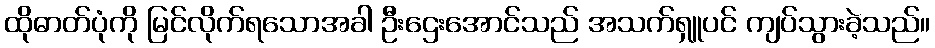
ထိုဓာတ်ပုံကို မြင်လိုက်ရသောအခါ ဦးဌေးအောင်သည် အသက်ရှူပင် ကျပ်သွားခဲ့သည်။